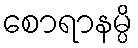
စောရာနမ္ပိ